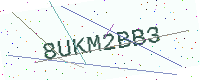
Text: 8UKM2BB3